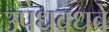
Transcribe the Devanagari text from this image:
उपधबधबे